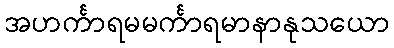
အဟင်္ကာရမမင်္ကာရမာနာနုသယော